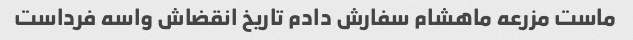
ماست مزرعه ماهشام سفارش دادم تاریخ انقضاش واسه فرداست